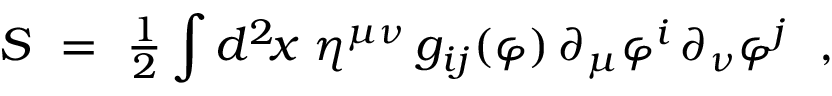
S ~ = ~ { \textstyle { \frac { 1 } { 2 } } } \int d ^ { 2 } \! x \; \eta ^ { \mu \nu } \, g _ { i j } ( \varphi ) \, \partial _ { \mu } \varphi ^ { i } \, \partial _ { \nu } \varphi ^ { j } ~ ~ ,